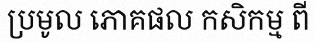
ប្រមូល ភោគផល កសិកម្ម ពី